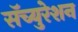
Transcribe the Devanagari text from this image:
सॅच्युरेशन